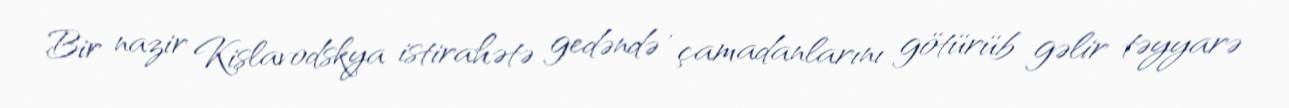
Bir nazir Kislavodskya istirahətə gedəndə , çamadanlarını götürüb gəlir təyyarə